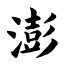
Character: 澎